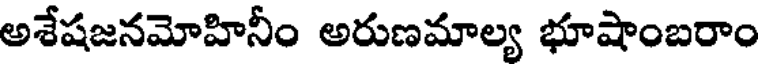
అశేషజనమోహినీం అరుణమాల్య భూషాంబరాం